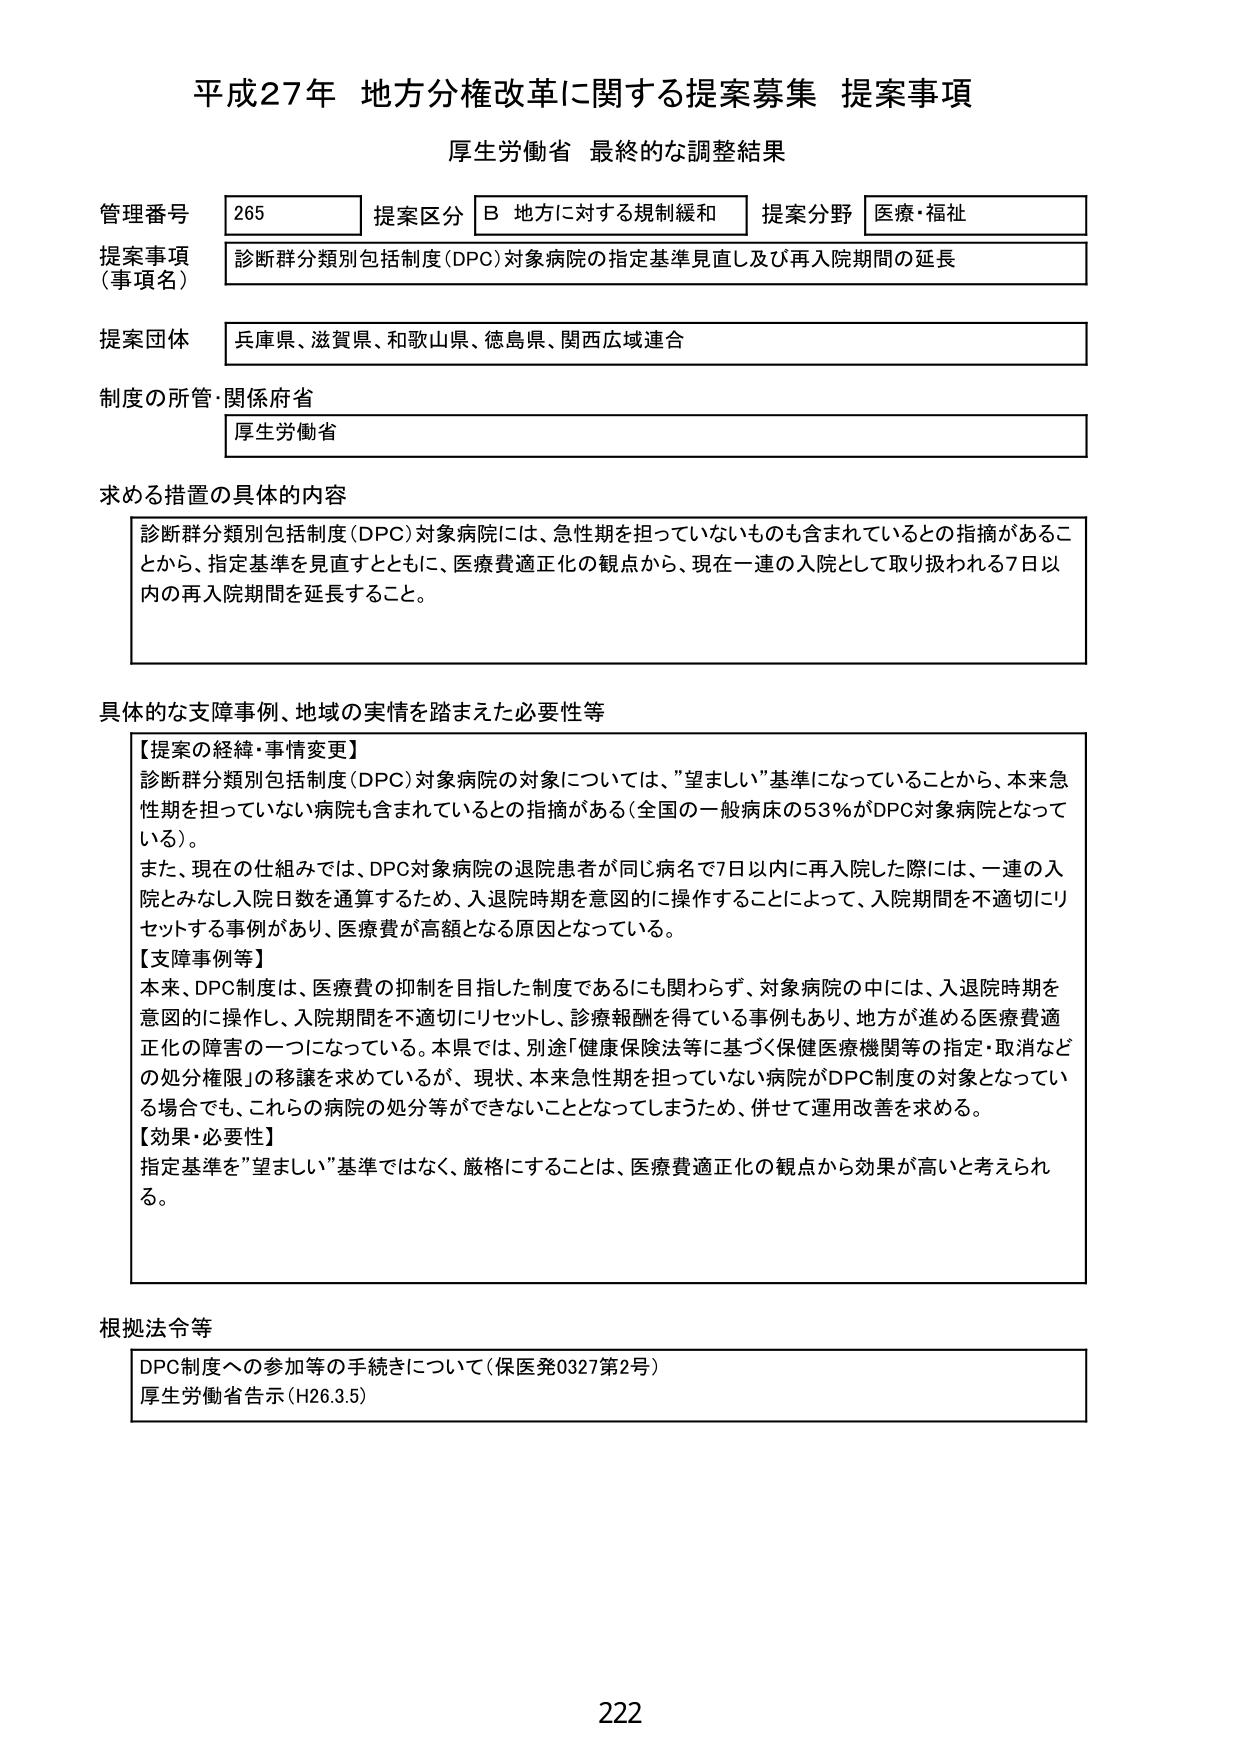
平成27年 地方分権改革に関する提案募集 提案事項
厚生労働省 最終的な調整結果

管理番号 265
提案区分 B 地方に対する規制緩和
提案分野 医療・福祉

提案事項（事項名）
診断群分類別包括制度（DPC）対象病院の指定基準見直し及び再入院期間の延長

提案団体
兵庫県、滋賀県、和歌山県、徳島県、関西広域連合

制度の所管・関係府省
厚生労働省

求める措置の具体的内容
診断群分類別包括制度（DPC）対象病院には、急性期を担っていないものも含まれているとの指摘があることから、指定基準を見直すとともに、医療費適正化の観点から、現在一連の入院として取り扱われる7日以内の再入院期間を延長すること。

具体的な支障事例、地域の実情を踏まえた必要性等
【提案の経緯・事情変更】
診断群分類別包括制度（DPC）対象病院の対象については、「望ましい」基準になっていることから、本来急性期を担っていない病院も含まれているとの指摘がある（全国の一般病床の53％がDPC対象病院となっている）。
また、現在の仕組みでは、DPC対象病院の退院患者が同じ病名で7日以内に再入院した際には、一連の入院とみなして入院日数を通算するため、入退院時期を意図的に操作することによって、入院期間を不適切にリセットする事例があり、医療費が高額となる原因となっている。
【支障事例等】
本来、DPC制度は、医療費の抑制を目指した制度であるにも関わらず、対象病院の中には、入退院時期を意図的に操作し、入院期間を不適切にリセットし、診療報酬を得ている事例もあり、地方が進める医療費適正化的障害の一つになっている。本県では、別途「健康保険法等に基づく保健医療機関等の指定・取消などの処分権限」の移譲を求めているが、現状、本来急性期を担っていない病院がDPC制度の対象となっている場合でも、これらの病院の処分等ができないこととなってしまうため、併せて運用改善を求める。
【効果・必要性】
指定基準を「望ましい」基準ではなく、厳格にすることは、医療費適正化の観点から効果が高いと考えられる。

根拠法令等
DPC制度への参加等の手続きについて（保医発0327第2号）
厚生労働省告示（H26.3.5）

222